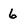
Character: 6